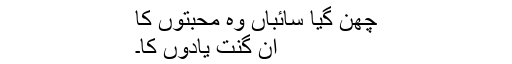
چھن گیا سائباں وہ محبتوں کا
ان گنت یادوں کا۔